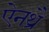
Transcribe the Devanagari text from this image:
ऐनथ्रै